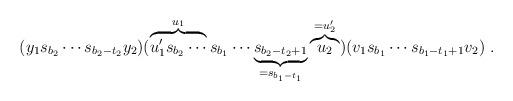
LaTeX: \begin{align*}(y_1 s_{b_2}\cdots s_{b_2-t_2} y_2) ( \overbrace{u_1' s_{b_2} \cdots }^{u_1}s_{b_1} \cdots \underbrace{s_{b_2-t_2+1}}_{=s_{b_1-t_1}} \overbrace{u_2}^{=u_2'})(v_1 s_{b_1} \cdots s_{b_1-t_1+1} v_2)\;.\end{align*}